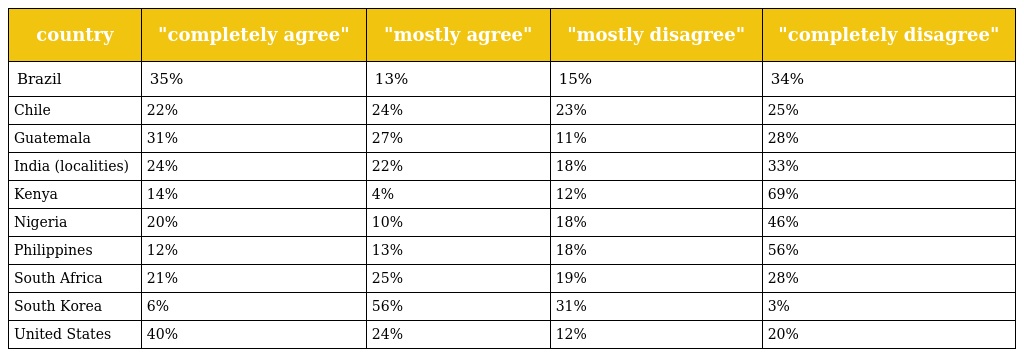
| country | "completely agree" | "mostly agree" | "mostly disagree" | "completely disagree" |
 | --- | --- | --- | --- | --- |
 | Brazil | 35% | 13% | 15% | 34% |
 | Chile | 22% | 24% | 23% | 25% |
 | Guatemala | 31% | 27% | 11% | 28% |
 | India (localities) | 24% | 22% | 18% | 33% |
 | Kenya | 14% | 4% | 12% | 69% |
 | Nigeria | 20% | 10% | 18% | 46% |
 | Philippines | 12% | 13% | 18% | 56% |
 | South Africa | 21% | 25% | 19% | 28% |
 | South Korea | 6% | 56% | 31% | 3% |
 | United States | 40% | 24% | 12% | 20% |